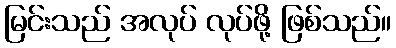
မြင်းသည် အလုပ် လုပ်ဖို့ ဖြစ်သည်။